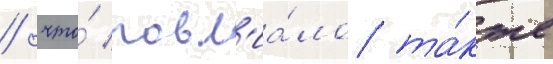
/ что́ повл'иа́ло та́кже